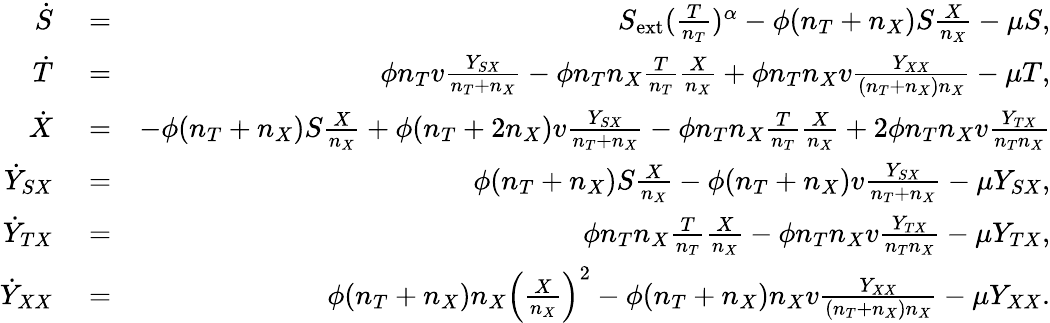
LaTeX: \begin{array}{rlr}{\dot{S}}&{{}=}&{S_{\mathrm{ext}}(\frac{T}{n_{T}})^{\alpha}-\phi(n_{T}+n_{X})S\frac{X}{n_{X}}-\mu S,}\\ {\dot{T}}&{{}=}&{\phi n_{T}v\frac{Y_{SX}}{n_{T}+n_{X}}-\phi n_{T}n_{X}\frac{T}{n_{T}}\frac{X}{n_{X}}+\phi n_{T}n_{X}v\frac{Y_{XX}}{(n_{T}+n_{X})n_{X}}-\mu T,}\\ {\dot{X}}&{{}=}&{-\phi(n_{T}+n_{X})S\frac{X}{n_{X}}+\phi(n_{T}+2n_{X})v\frac{Y_{SX}}{n_{T}+n_{X}}-\phi n_{T}n_{X}\frac{T}{n_{T}}\frac{X}{n_{X}}+2\phi n_{T}n_{X}v\frac{Y_{TX}}{n_{T}n_{X}}}\\ {\dot{Y}_{SX}}&{{}=}&{\phi(n_{T}+n_{X})S\frac{X}{n_{X}}-\phi(n_{T}+n_{X})v\frac{Y_{SX}}{n_{T}+n_{X}}-\mu Y_{SX},}\\ {\dot{Y}_{TX}}&{{}=}&{\phi n_{T}n_{X}\frac{T}{n_{T}}\frac{X}{n_{X}}-\phi n_{T}n_{X}v\frac{Y_{TX}}{n_{T}n_{X}}-\mu Y_{TX},}\\ {\dot{Y}_{XX}}&{{}=}&{\phi(n_{T}+n_{X})n_{X}\left(\frac{X}{n_{X}}\right)^{2}-\phi(n_{T}+n_{X})n_{X}v\frac{Y_{XX}}{(n_{T}+n_{X})n_{X}}-\mu Y_{XX}.}\end{array}